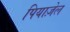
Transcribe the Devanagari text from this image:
पियाज़ेल